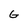
Character: G